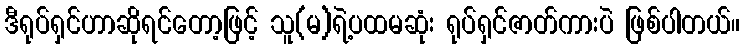
ဒီရုပ်ရှင်ဟာဆိုရင်တော့ဖြင့် သူ(မ)ရဲ့ပထမဆုံး ရုပ်ရှင်ဇာတ်ကားပဲ ဖြစ်ပါတယ်။